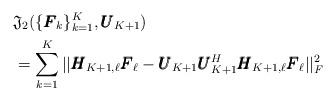
LaTeX: \begin{align*} &\mathfrak{J}_2(\{\pmb{F}_k\}_{k=1}^K, \pmb{U}_{K+1}) \\ &= \sum\limits_{k=1}^{K}||\pmb{H}_{K+1,\ell}\pmb{F}_\ell - \pmb{U}_{K+1}\pmb{U}_{K+1}^H\pmb{H}_{K+1,\ell}\pmb{F}_\ell ||_\emph{F}^2\end{align*}